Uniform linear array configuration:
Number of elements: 16
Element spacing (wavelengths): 0.75
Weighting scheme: hamming
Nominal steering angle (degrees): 15
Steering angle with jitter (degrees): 13.316
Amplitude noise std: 0.05
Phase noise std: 0.05

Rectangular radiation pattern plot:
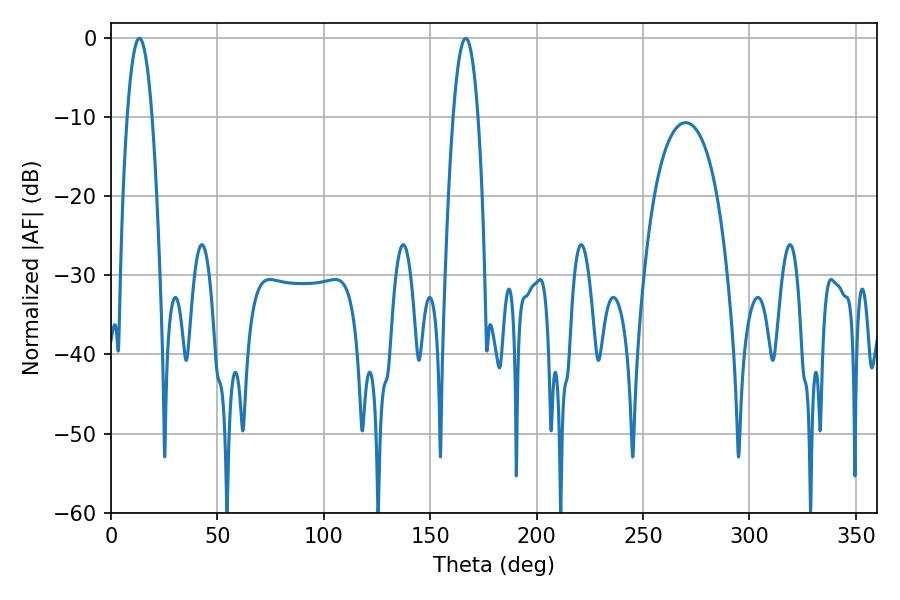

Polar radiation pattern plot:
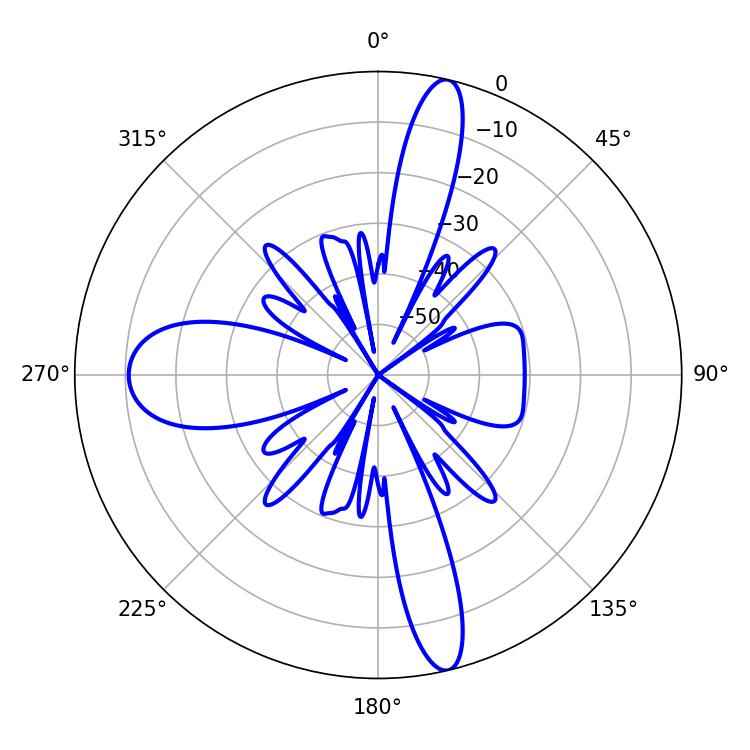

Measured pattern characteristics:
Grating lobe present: TRUE
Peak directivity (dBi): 18.357
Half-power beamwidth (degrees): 6.48
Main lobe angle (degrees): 13.32